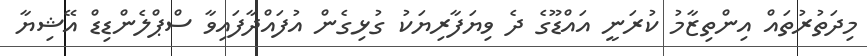
މިދަތުރުތައް އިންތިޒާމު ކުރަނީ އައްޑޫގެ ދެ ވިޔަފާރިޔަކު ގުޅިގެން އުފައްދާފައިވާ ސްޕްލެންޑިޑް އޭޝިޔާ